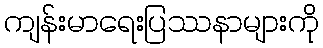
ကျန်းမာရေးပြဿနာများကို